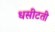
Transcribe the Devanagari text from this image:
धसीटती